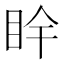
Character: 𥄺